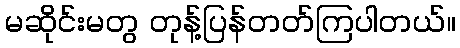
မဆိုင်းမတွ တုန့်ပြန်တတ်ကြပါတယ်။